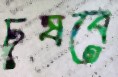
চুষবে